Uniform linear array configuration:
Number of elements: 12
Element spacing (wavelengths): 0.75
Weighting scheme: exponential
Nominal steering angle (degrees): -45
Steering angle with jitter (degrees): -43.964
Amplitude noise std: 0.05
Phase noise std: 0.05

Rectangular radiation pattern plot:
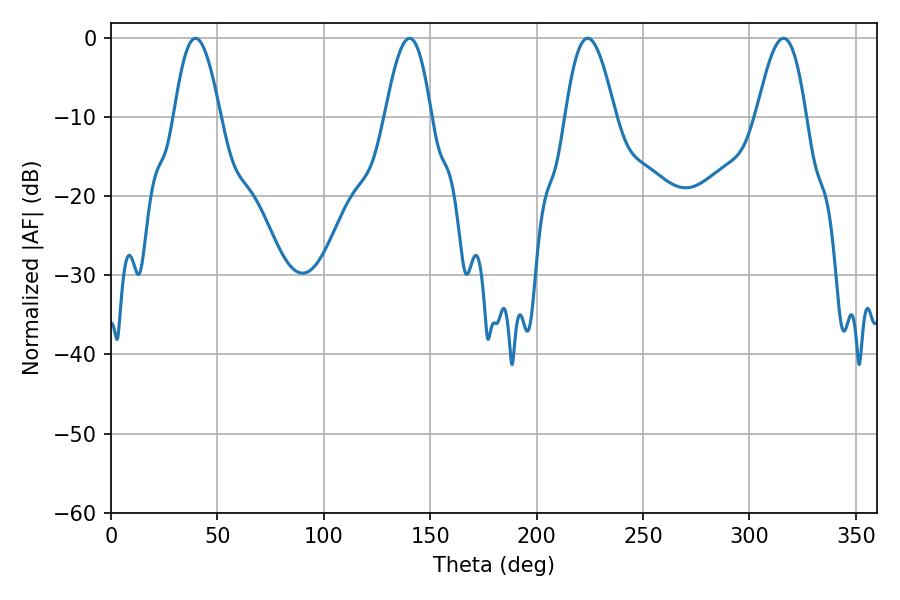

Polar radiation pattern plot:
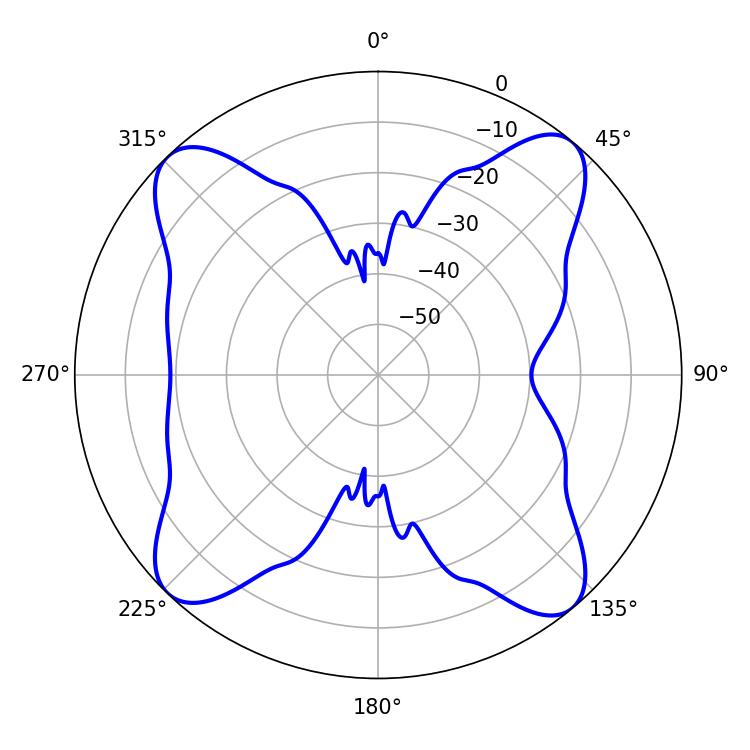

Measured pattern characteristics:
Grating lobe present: TRUE
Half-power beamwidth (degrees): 12.78
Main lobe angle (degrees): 223.92